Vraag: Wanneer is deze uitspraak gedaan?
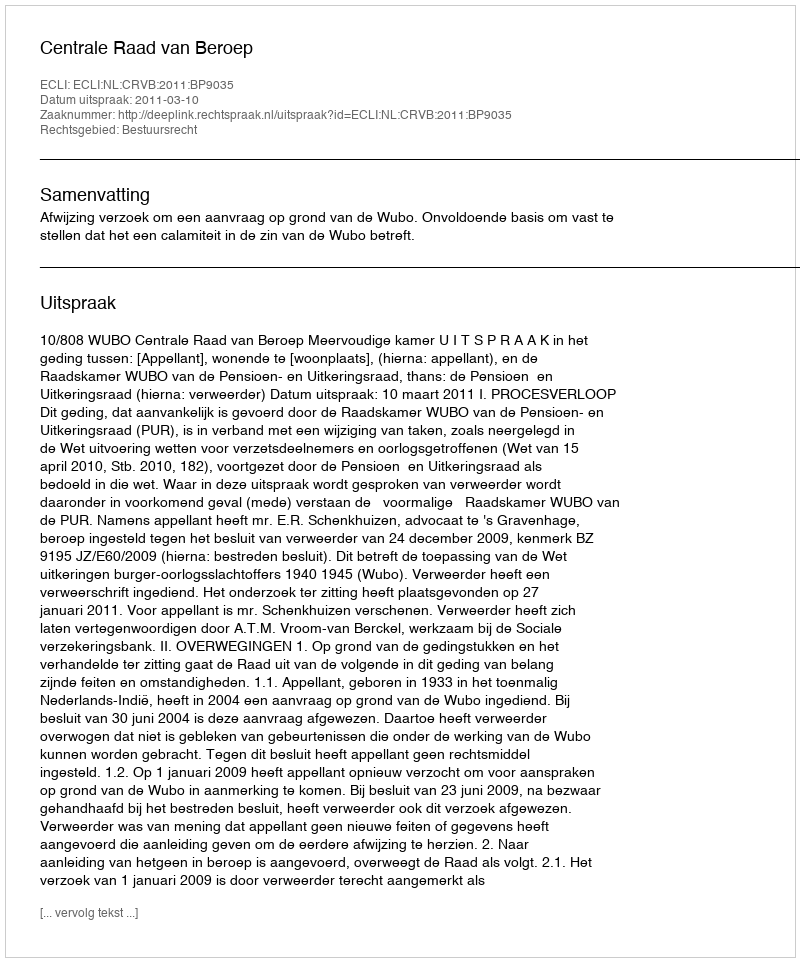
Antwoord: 2011-03-10